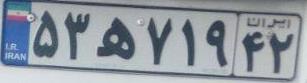
۵۳ه۷۱۹۴۲